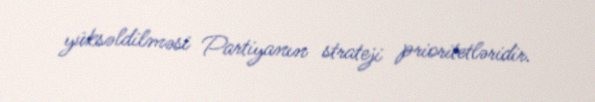
yüksəldilməsi Partiyanın strateji prioritetləridir.